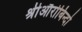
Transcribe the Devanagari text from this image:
श्रीऔरोबिन्दो